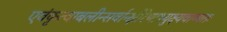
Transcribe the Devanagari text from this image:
एवंकृत्वाबलीन्सर्वान्क्षीरेणाभ्युक्ष्यवाग्यतः